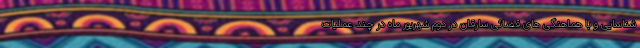
شناسایی و با هماهنگی های قضائی سارقان در دوم شهریور ماه در چند عملیات